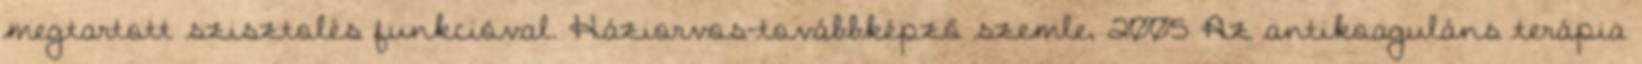
megtartott szisztolés funkcióval. Háziorvos-továbbképző szemle, 2005 Az antikoaguláns terápia